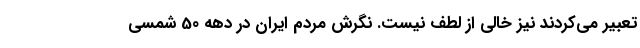
تعبیر می‌کردند نیز خالی از لطف نیست. نگرش مردم ایران در دهه 50 شمسی